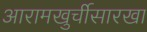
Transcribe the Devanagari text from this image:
आरामखुर्चीसारखा